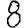
Digit: 8